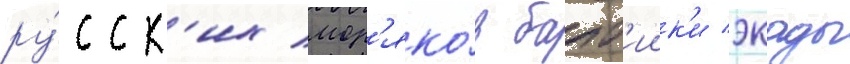
ру́сск'их мор'яко́в балт'иик'и экады